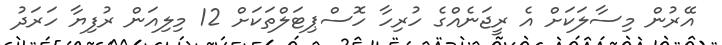
އޭރުން މިސާލަކަށް އެ ރީޖަނެއްގެ ހުރިހާ ހޮސްޕިޓަލްތަކަށް 12 މިލިއަން ރުފިޔާ ހަރަދު